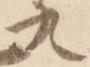
九